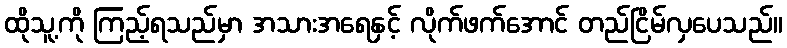
ထိုသူ့ကို ကြည့်ရသည်မှာ အသားအရေနှင့် လိုက်ဖက်အောင် တည်ငြိမ်လှပေသည်။